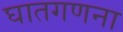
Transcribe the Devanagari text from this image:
घातगणना